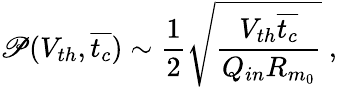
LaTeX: \mathscr{P}(V_{th},\overline{{t_{c}}})\sim\frac{1}{2}\sqrt{\frac{V_{th}\overline{{t_{c}}}}{Q_{in}R_{m_{0}}}}~,